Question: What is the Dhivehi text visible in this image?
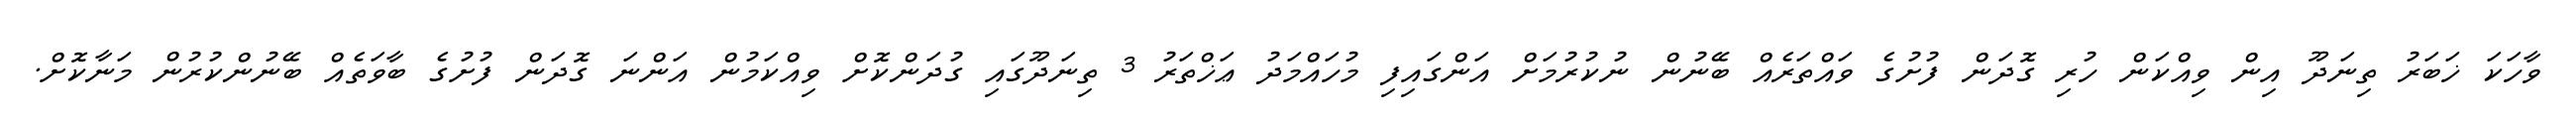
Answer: ވާހަކަ ޚަބަރު ތިނަދޫ އިން ވިއްކަން ހުރި ގޮދަން ފުށުގެ ވައްތަރެއް ބޭނުން ނުކުރުމަށް އަންގައިފި މުހައްމަދު ޢަޚްތަރު 3 ތިނަދޫގައި ގުދަންކޮށް ވިއްކަމުން އަންނަ ގޮދަން ފުށުގެ ބާވަތެއް ބޭނުންކުރުން މަނާކޮށް.